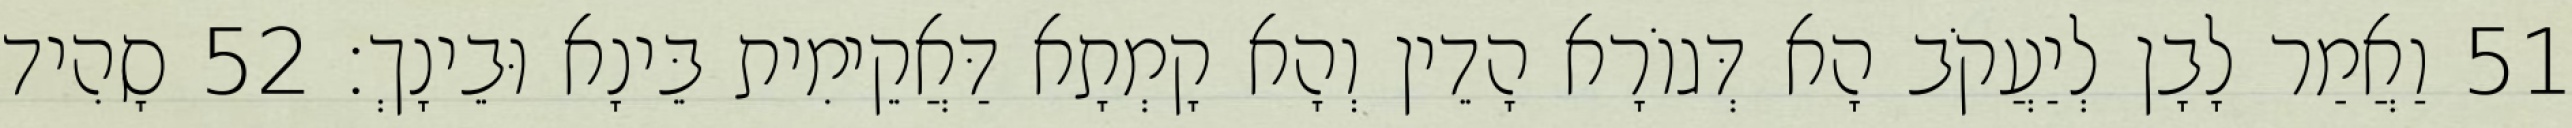
51 וַאֲמַר לָבָן לְיַעֲקֹב הָא דְּגוֹרָא הָדֵין וְהָא קָמְתָא דַּאֲקֵימִית בֵּינָא וּבֵינָךְ׃ 52 סָהִיד